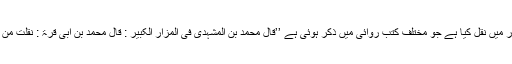
دوسری سند اس سند کو علامہ مجلسی نے بحار الانوار میں نقل کیا ہے جو مختلف کتب روائی میں ذکر ہوئی ہے ’’قال محمد بن المشہدی فی المزار الکبیر : قال محمد بن ابی قرۃ : نقلت من کتاب ابی جعفر محمد بن الحسین بن سفیان البنروفری ۔